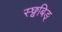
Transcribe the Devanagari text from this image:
स्छ्वबिङ्